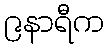
၉နာရီက